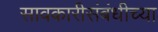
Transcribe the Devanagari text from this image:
सावकारीसंबंधीच्या